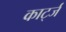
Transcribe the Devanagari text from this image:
कार्ट्ज